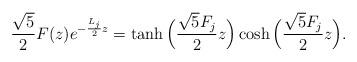
LaTeX: \begin{align*}\frac{\sqrt5}{2}F(z)e^{-\frac{L_j}{2}z} = \tanh \Big(\frac{\sqrt5 F_j}{2}z\Big) \cosh \Big(\frac{\sqrt5 F_j}{2}z\Big).\end{align*}